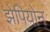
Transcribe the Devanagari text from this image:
झेपियोन